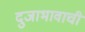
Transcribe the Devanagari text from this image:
दुजाभावाची